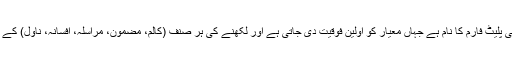
رائٹرز کلب ایک گروپ نہیں بلکہ ایک تعمیری و عملی پلیٹ فارم کا نام ہے جہاں معیار کو اولین فوقیت دی جاتی ہے اور لکھنے کی ہر صنف (کالم، مضمون، مراسلہ، افسانہ، ناول) کے متعلق لیکچرز و ورکشاپس کا انعقاد بھی کیا جاتا ہے۔